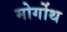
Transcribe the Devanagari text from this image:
मोर्गोथ